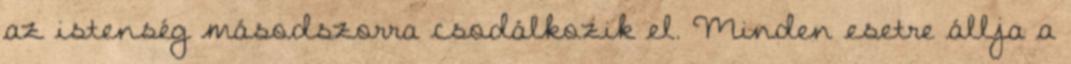
az istenség másodszorra csodálkozik el. Minden esetre állja a